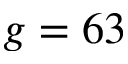
g = 6 3